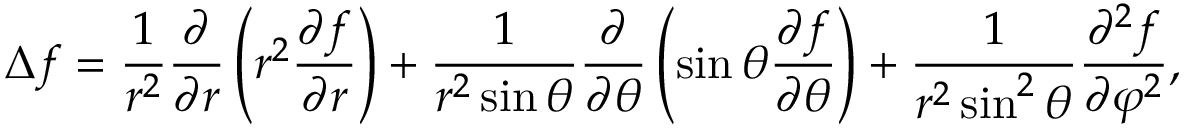
\Delta f = { \frac { 1 } { r ^ { 2 } } } { \frac { \partial } { \partial r } } \left( r ^ { 2 } { \frac { \partial f } { \partial r } } \right) + { \frac { 1 } { r ^ { 2 } \sin \theta } } { \frac { \partial } { \partial \theta } } \left( \sin \theta { \frac { \partial f } { \partial \theta } } \right) + { \frac { 1 } { r ^ { 2 } \sin ^ { 2 } \theta } } { \frac { \partial ^ { 2 } f } { \partial \varphi ^ { 2 } } } ,